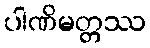
ပါဏိမတ္တဿ